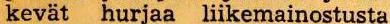
kevät hurjaa liikemainostusta